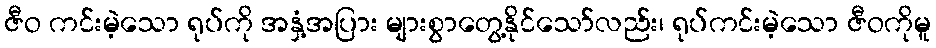
ဇီဝ ကင်းမဲ့သော ရုပ်ကို အနှံ့အပြား များစွာတွေ့နိုင်သော်လည်း၊ ရုပ်ကင်းမဲ့သော ဇီဝကိုမူ